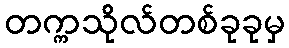
တက္ကသိုလ်တစ်ခုခုမှ